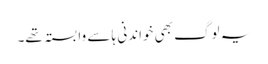
یہ لوگ بھی خواندنی ہا سے وابستہ تھے۔